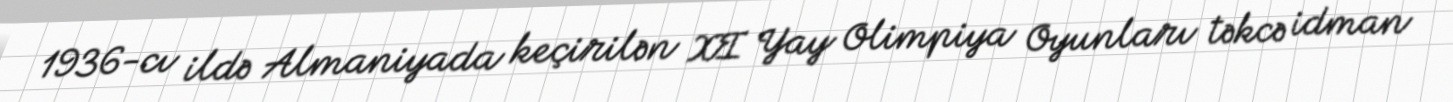
1936-cı ildə Almaniyada keçirilən XI Yay Olimpiya Oyunları təkcə idman